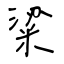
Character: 粱